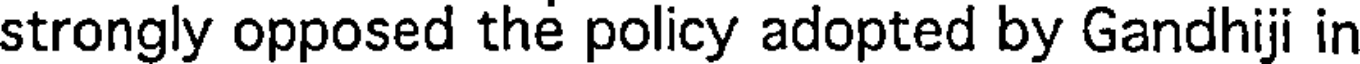
strongly opposed the policy adopted by Gandhiji in